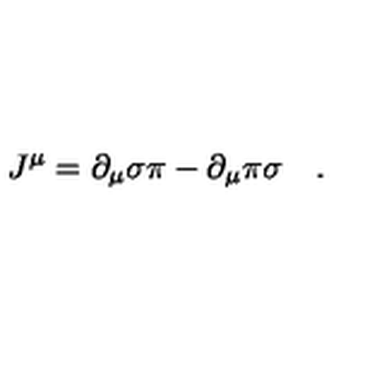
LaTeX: J ^ { \mu } = \partial _ { \mu } \sigma \pi - \partial _ { \mu } \pi \sigma \quad .